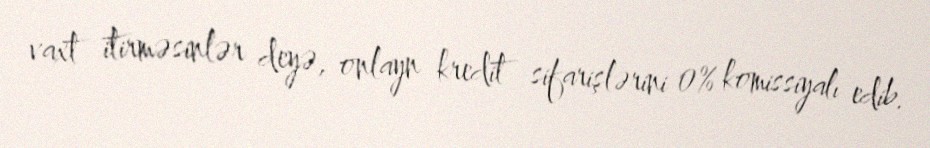
vaxt itirməsinlər deyə, onlayn kredit sifarişlərini 0% komissiyalı edib.